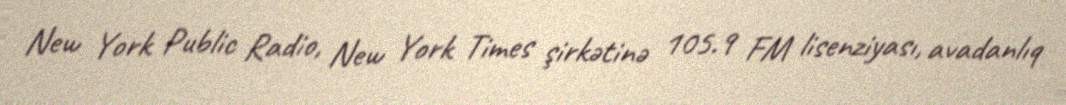
New York Public Radio, New York Times şirkətinə 105.9 FM lisenziyası, avadanlıq